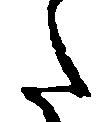
た